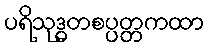
ပရိသုဒ္ဓတစပ္ပတ္တကထာ